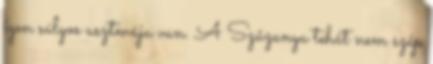
igen súlyos asztmája van. A Szűzanya tehát nem szép